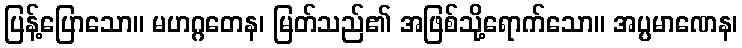
ပြန့်ပြောသော။ မဟဂ္ဂတေန၊ မြတ်သည်၏ အဖြစ်သို့ရောက်သော။ အပ္ပမာဏေန၊